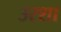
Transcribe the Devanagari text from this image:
उरशा